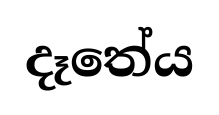
දෑතේය